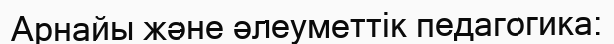
Арнайы және әлеуметтік педагогика: